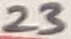
Text: 23